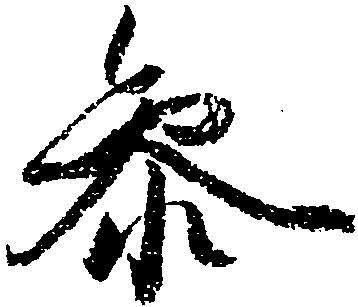
参